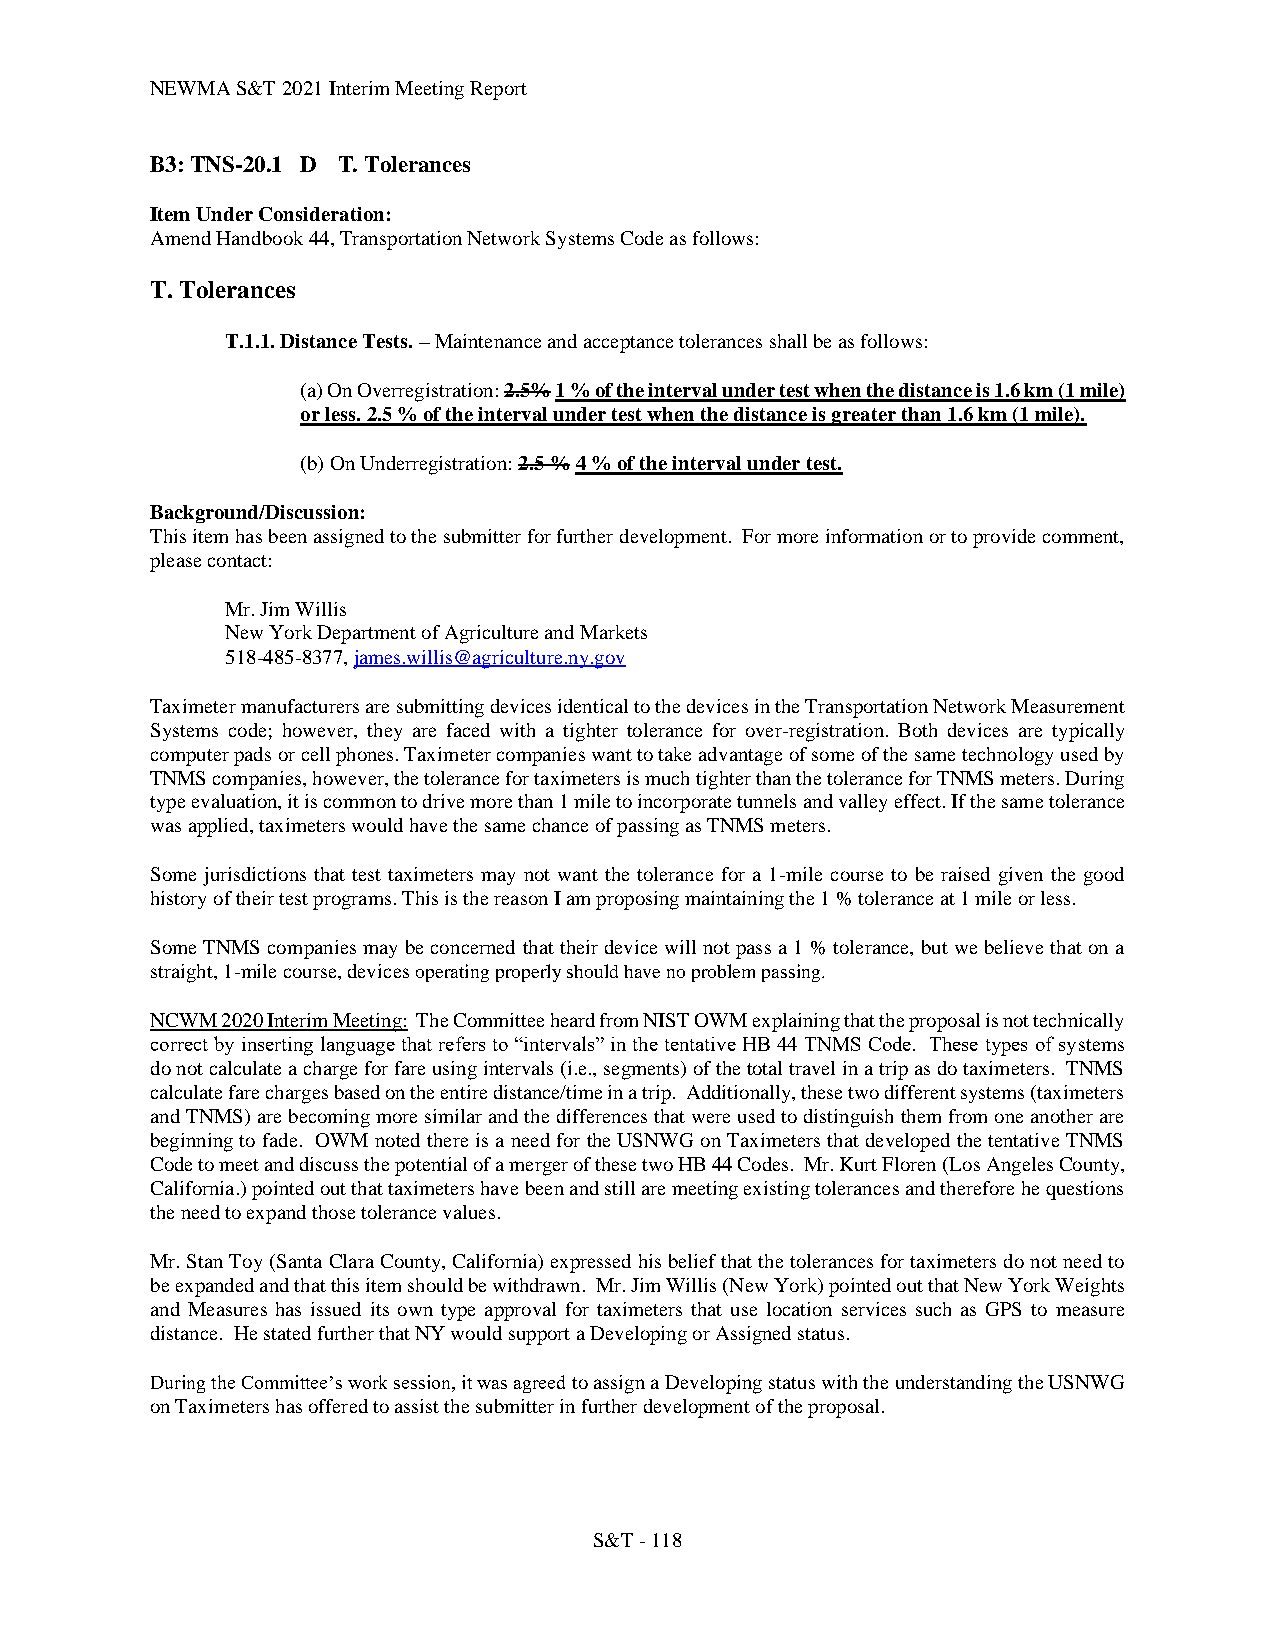
NEWMA S&T 2021 Interim Meeting Report
 B3: TNS-20.1 D T. Tolerances
 Item Under Consideration:
 Amend Handbook 44, Transportation Network Systems Code as follows:
 T. Tolerances
 T.1.1. Distance Tests. – Maintenance and acceptance tolerances shall be as follows:
 (a) On Overregistration: 2.5% 1 % of the interval under test when the distance is 1.6 km (1 mile)
 or less. 2.5 % of the interval under test when the distance is greater than 1.6 km (1 mile).
 (b) On Underregistration: 2.5 % 4 % of the interval under test.
 Background/Discussion:
 This item has been assigned to the submitter for further development. For more information or to provide comment,
 please contact:
 Mr. Jim Willis
 New York Department of Agriculture and Markets
 518-485-8377, james.willis@agriculture.ny.gov
 Taximeter manufacturers are submitting devices identical to the devices in the Transportation Network Measurement
 Systems code; however, they are faced with a tighter tolerance for over-registration. Both devices are typically
 computer pads or cell phones. Taximeter companies want to take advantage of some of the same technology used by
 TNMS companies, however, the tolerance for taximeters is much tighter than the tolerance for TNMS meters. During
 type evaluation, it is common to drive more than 1 mile to incorporate tunnels and valley effect. If the same tolerance
 was applied, taximeters would have the same chance of passing as TNMS meters.
 Some jurisdictions that test taximeters may not want the tolerance for a 1-mile course to be raised given the good
 history of their test programs. This is the reason I am proposing maintaining the 1 % tolerance at 1 mile or less.
 Some TNMS companies may be concerned that their device will not pass a 1 % tolerance, but we believe that on a
 straight, 1-mile course, devices operating properly should have no problem passing.
 NCWM 2020 Interim Meeting: The Committee heard from NIST OWM explaining that the proposal is not technically
 correct by inserting language that refers to “intervals” in the tentative HB 44 TNMS Code. These types of systems
 do not calculate a charge for fare using intervals (i.e., segments) of the total travel in a trip as do taximeters. TNMS
 calculate fare charges based on the entire distance/time in a trip. Additionally, these two different systems (taximeters
 and TNMS) are becoming more similar and the differences that were used to distinguish them from one another are
 beginning to fade. OWM noted there is a need for the USNWG on Taximeters that developed the tentative TNMS
 Code to meet and discuss the potential of a merger of these two HB 44 Codes. Mr. Kurt Floren (Los Angeles County,
 California.) pointed out that taximeters have been and still are meeting existing tolerances and therefore he questions
 the need to expand those tolerance values.
 Mr. Stan Toy (Santa Clara County, California) expressed his belief that the tolerances for taximeters do not need to
 be expanded and that this item should be withdrawn. Mr. Jim Willis (New York) pointed out that New York Weights
 and Measures has issued its own type approval for taximeters that use location services such as GPS to measure
 distance. He stated further that NY would support a Developing or Assigned status.
 During the Committee’s work session, it was agreed to assign a Developing status with the understanding the USNWG
 on Taximeters has offered to assist the submitter in further development of the proposal.
 S&T - 118